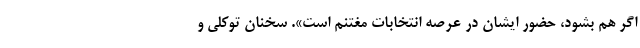
اگر هم بشود، حضور ایشان در عرصه انتخابات مغتنم است». سخنان توکلی و